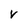
Character: V